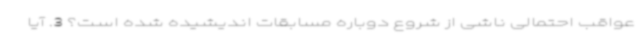
عواقب احتمالی ناشی از شروع دوباره مسابقات اندیشیده‌ شده است؟ 3. آیا